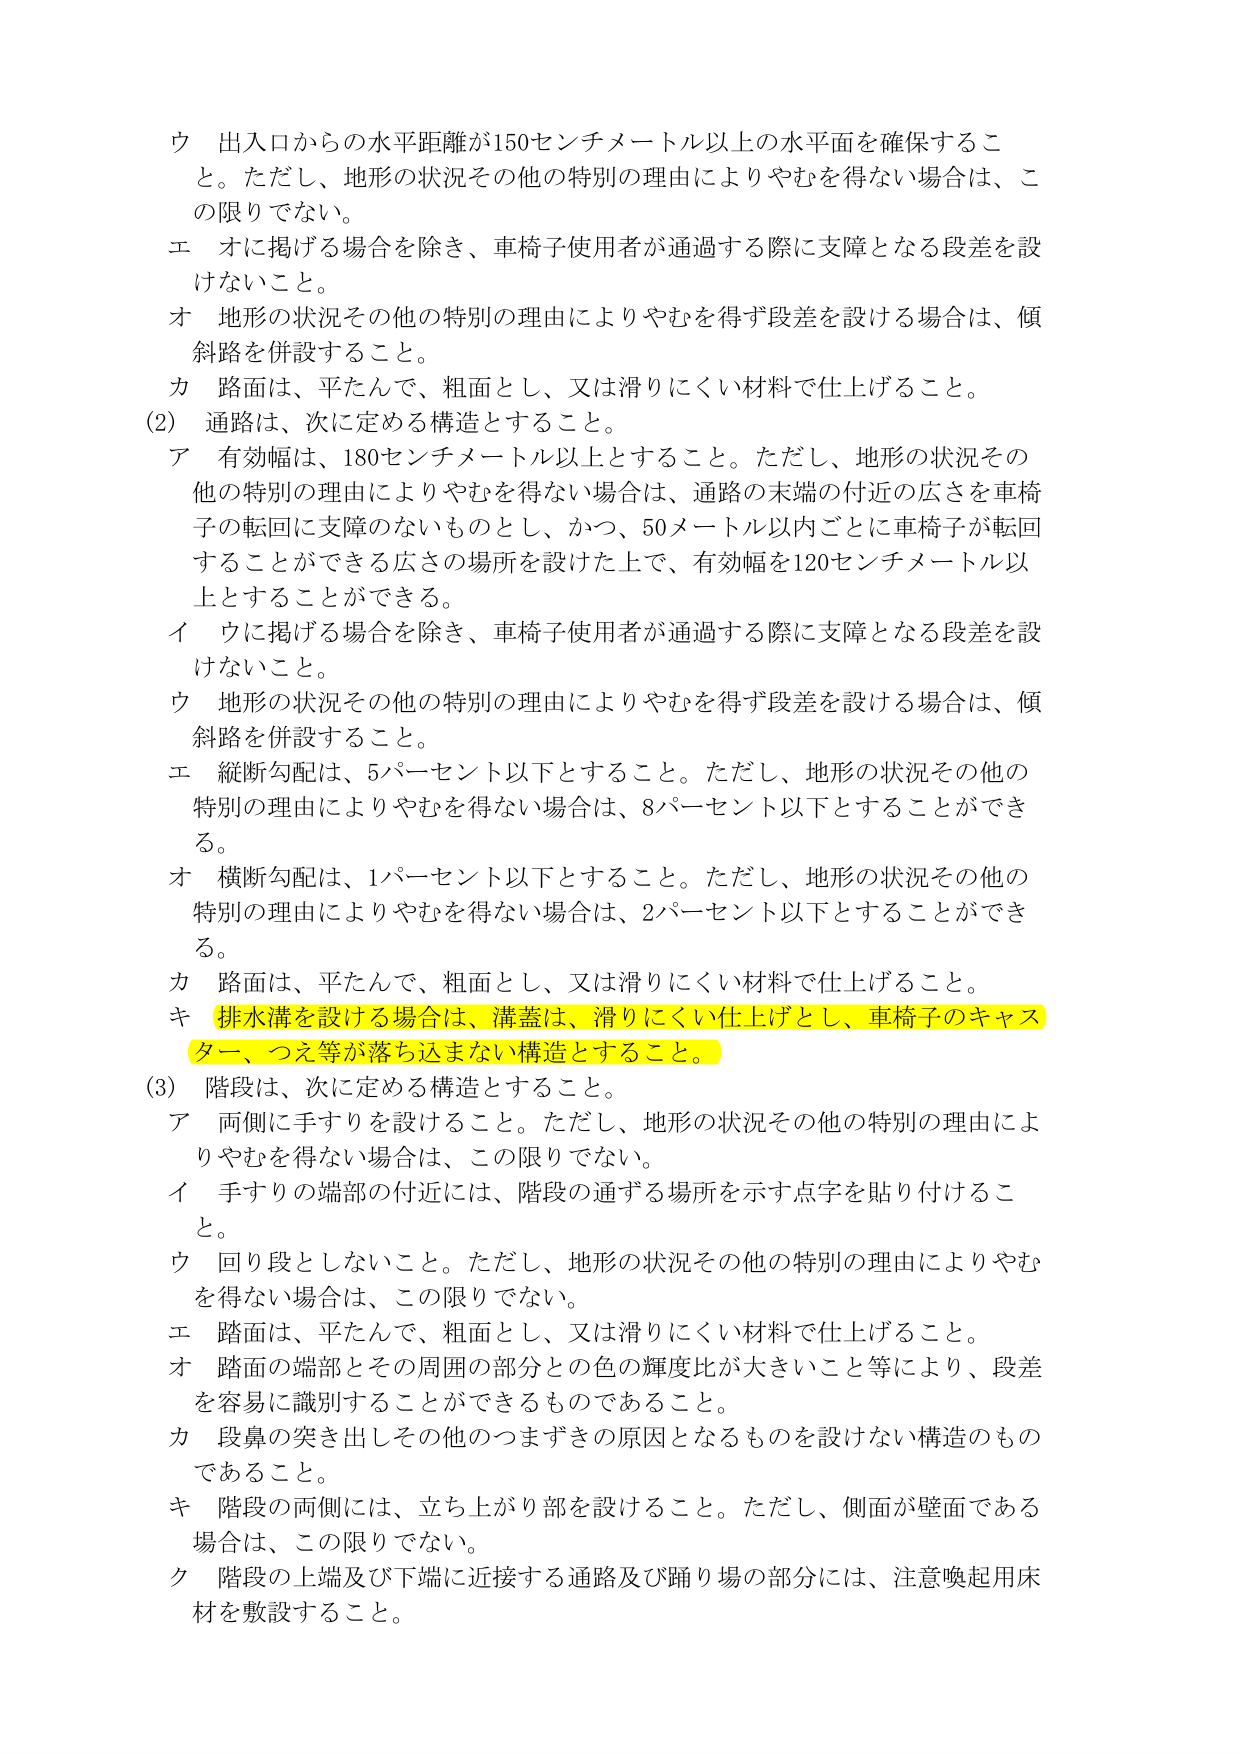
ウ 出入口からの水平距離が150センチメートル以上の水平面を確保すること。ただし、地形の状況その他の特別の理由によりやむを得ない場合は、この限りでない。

エ オに掲げる場合を除き、車椅子使用者が通過する際に支障となる段差を設けないこと。

オ 地形の状況その他の特別の理由によりやむを得ず段差を設ける場合は、傾斜路を併設すること。

カ 路面は、平たんで、粗面とし、又は滑りにくい材料で仕上げること。

(2) 通路は、次に定める構造とすること。

ア 有効幅は、180センチメートル以上とすること。ただし、地形の状況その他の特別の理由によりやむを得ない場合は、通路の末端の付近の広さを車椅子の転回に支障のないものとし、かつ、50メートル以内ごとに車椅子が転回することができる広さの場所を設けた上で、有効幅を120センチメートル以上とすることもできる。

イ ウに掲げる場合を除き、車椅子使用者が通過する際に支障となる段差を設けないこと。

ウ 地形の状況その他の特別の理由によりやむを得ず段差を設ける場合は、傾斜路を併設すること。

エ 縦断勾配は、5パーセント以下とすること。ただし、地形の状況その他の特別の理由によりやむを得ない場合は、8パーセント以下とすることができる。

オ 横断勾配は、1パーセント以下とすること。ただし、地形の状況その他の特別の理由によりやむを得ない場合は、2パーセント以下とすることができる。

カ 路面は、平たんで、粗面とし、又は滑りにくい材料で仕上げること。

キ 排水溝を設ける場合は、溝蓋は、滑りにくい仕上げとし、車椅子のキャスター、つえ等が落ち込まない構造とすること。

(3) 階段は、次に定める構造とすること。

ア 両側に手すりを設けること。ただし、地形の状況その他の特別の理由によりやむを得ない場合は、この限りでない。

イ 手すりの端部の付近には、階段の通ずる場所を示す点字を貼り付けること。

ウ 回り段としないこと。ただし、地形の状況その他の特別の理由によりやむを得ない場合は、この限りでない。

エ 踏面は、平たんで、粗面とし、又は滑りにくい材料で仕上げること。

オ 踏面の端部とその周囲の部分との色の輝度比が大きいこと等により、段差を容易に識別することができるものであること。

カ 段鼻の突き出しその他そのつまずきの原因となるものを設けない構造のものであること。

キ 階段の両側には、立ち上がり部を設けること。ただし、側面が壁面である場合は、この限りでない。

ク 階段の上端及び下端に近接する通路及び踊り場の部分には、注意喚起用床材を敷設すること。